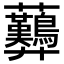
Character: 𧆚